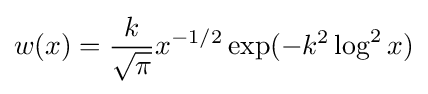
w(x)={\frac {k}{\sqrt {\pi }}}x^{-1/2}\exp(-k^{2}\log ^{2}x)